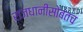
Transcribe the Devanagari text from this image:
राजधानीसोबतच